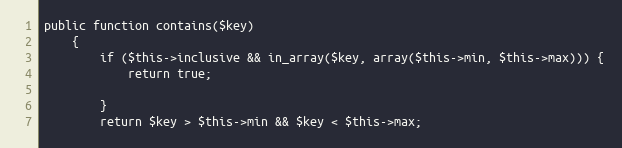
Language: PHP
public function contains($key)
    {
        if ($this->inclusive && in_array($key, array($this->min, $this->max))) {
            return true;

        }
        return $key > $this->min && $key < $this->max;